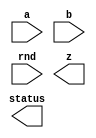



////////////////////////////////////////////////////////////////////////////////
//
//       This confidential and proprietary software may be used only
//     as authorized by a licensing agreement from Synopsys Inc.
//     In the event of publication, the following notice is applicable:
//
//                    (C) COPYRIGHT 2006 - 2023 SYNOPSYS INC.
//                           ALL RIGHTS RESERVED
//
//       The entire notice above must be reproduced on all authorized
//     copies.
//
//
// VERSION:   Verilog Simulation Model for DW_fp_mult
//
// DesignWare_version: 055b02dc
// DesignWare_release: U-2022.12-DWBB_202212.5
//
////////////////////////////////////////////////////////////////////////////////

//-----------------------------------------------------------------------------
//
// ABSTRACT: Floating-Point Multiplier
//
//              DW_fp_mult calculates the floating-point multiplication
//              while supporting six rounding modes, including four IEEE
//              standard rounding modes.
//
//              parameters      valid values (defined in the DW manual)
//              ==========      ============
//              sig_width       significand size,  2 to 253 bits
//              exp_width       exponent size,     3 to 31 bits
//              ieee_compliance support the IEEE Compliance 
//                              including NaN and denormal expressions.
//                              0 - IEEE 754 compatible without denormal support
//                                  (NaN becomes Infinity, Denormal becomes Zero)
//                              1 - IEEE 754 standard compatible
//                                  (NaN and denormal numbers are supported)
//                              2 - Reserved for future used
//                              3 - IEEE 754 standard compatible
//                                  (complying NaN and denormal numbers are supported)
//              en_ubr_flag     Enable UBR (underflow before rounding) flag
//                              mapped to status[6]
//                              0 or 1 (default 0)
//                              0 - the flag is always zero
//                              1 - the flag indicates underflow before rounding
//
//              Input ports     Size & Description
//              ===========     ==================
//              a               (sig_width + exp_width + 1)-bits
//                              Floating-point Number Input
//              b               (sig_width + exp_width + 1)-bits
//                              Floating-point Number Input
//              rnd             3 bits
//                              Rounding Mode Input
//              z               (sig_width + exp_width + 1)-bits
//                              Floating-point Number Output
//              status          8 bits
//                              Status Flags Output
//
// Modified:
//

// 3/8/2022   AFT       STAR 4175244 - - included mechanism
//                      to indicate that the internal long-precision
//                      calculation is a denormalized value
//                      Introduced a new flag: UBR - underflow before rounding
//                      which uses status[6]
// 3/15/2021  AFT       STAR 3638672 - - Tiny flag issue
//                      The underflow detection (TINY flag) had to
//                      be adjusted to take into account the unbounded
//                      exponent situation. The flag is set when:
//                      - rnd in {0,4} and |LPR| < MinNormSub1QULP
//                        LPR= long-precision result and MinNormSub1QULP is 
//                        1/4 of the ulp of the MinNorm value
//                      - rnd=1 and |LPR|<MinNorm
//                      - rnd=2 and (LPR>0 and LPR<=MinNormSub2QULP) or 
//                                  (LPR<0 and |LPR|<MinNorm)
//                      - rnd=3 and (LPR<0 and |LPR|<=MinNormSub2QULP) or 
//                                  (LPR>0 and LPR<MinNorm)
//                      - rnd=5 and |LPR|<=MaxDenorm 
// 3/22/2021  RJK       Addressed STAR 3625874 involving accepting the value
//                      on the 'rnd' input at time 0
// 5/22/2020  Tawalbeh  Fixing STAR 3246915
// 
// 9/12/2019  Dougl     Added ieee_compliance of 3 functionality along with warning
//       	        messages when "rnd" is '4' or '5'.
//   
// 10/12/2015 Kyung Han Bug fix for STAR9000983334, available from 2015.06-SP5
//   
// 11/12/2009 Kyung Han Bug fix for STAR9000352662, available from 2009.06-SP4
//  
//-----------------------------------------------------------------------------

module DW_fp_mult (a, b, rnd, z, status);

  parameter integer sig_width = 23;      // RANGE 2 TO 253
  parameter integer exp_width = 8;       // RANGE 3 TO 31
  parameter integer ieee_compliance = 0; // RANGE 0 TO 3
  parameter integer en_ubr_flag = 0;     // range 0 to 1

  input  [exp_width + sig_width:0] a;
  input  [exp_width + sig_width:0] b;
  input  [2:0] rnd;
  output [exp_width + sig_width:0] z;
  output [7:0] status;

  // synopsys translate_off


  `define Mwidth (2 * sig_width + 3)
  `define Movf   (`Mwidth - 1)
  `define L      (`Movf - 1 - sig_width)
  `define R      (`L - 1)
  `define log_awidth ((sig_width + 1>65536)?((sig_width + 1>16777216)?((sig_width + 1>268435456)?((sig_width + 1>536870912)?30:29):((sig_width + 1>67108864)?((sig_width + 1>134217728)?28:27):((sig_width + 1>33554432)?26:25))):((sig_width + 1>1048576)?((sig_width + 1>4194304)?((sig_width + 1>8388608)?24:23):((sig_width + 1>2097152)?22:21)):((sig_width + 1>262144)?((sig_width + 1>524288)?20:19):((sig_width + 1>131072)?18:17)))):((sig_width + 1>256)?((sig_width + 1>4096)?((sig_width + 1>16384)?((sig_width + 1>32768)?16:15):((sig_width + 1>8192)?14:13)):((sig_width + 1>1024)?((sig_width + 1>2048)?12:11):((sig_width + 1>512)?10:9))):((sig_width + 1>16)?((sig_width + 1>64)?((sig_width + 1>128)?8:7):((sig_width + 1>32)?6:5)):((sig_width + 1>4)?((sig_width + 1>8)?4:3):((sig_width + 1>2)?2:1)))))
  `define ez_msb ((exp_width >= `log_awidth) ? exp_width + 1 : `log_awidth + 1)
  
  //-------------------------------------------------------------------------
  // Parameter legality check
  //-------------------------------------------------------------------------
    
 
  initial begin : parameter_check
    integer param_err_flg;

    param_err_flg = 0;
    
      
    if ( (sig_width < 2) || (sig_width > 253) ) begin
      param_err_flg = 1;
      $display(
	"ERROR: %m :\n  Invalid value (%d) for parameter sig_width (legal range: 2 to 253)",
	sig_width );
    end
      
    if ( (exp_width < 3) || (exp_width > 31) ) begin
      param_err_flg = 1;
      $display(
	"ERROR: %m :\n  Invalid value (%d) for parameter exp_width (legal range: 3 to 31)",
	exp_width );
    end
      
    if ( (ieee_compliance==2) || (ieee_compliance<0) || (ieee_compliance>3) ) begin
      param_err_flg = 1;
      $display(
	"ERROR: %m : Illegal value of ieee_compliance.  ieee_compliance must be 0, 1, or 3" );
    end
      
    if ( (en_ubr_flag < 0) || (en_ubr_flag > 1) ) begin
      param_err_flg = 1;
      $display(
	"ERROR: %m :\n  Invalid value (%d) for parameter en_ubr_flag (legal range: 0 to 1)",
	en_ubr_flag );
    end
    
    if ( param_err_flg == 1) begin
      $display(
        "%m :\n  Simulation aborted due to invalid parameter value(s)");
      $finish;
    end

  end // parameter_check 

  //-------------------------------------------------------------------------


function [4-1:0] RND_eval;

  input [2:0] RND;
  input [0:0] Sign;
  input [0:0] L,R,STK;


  begin
  RND_eval[0] = 0;
  RND_eval[1] = R|STK;
  RND_eval[2] = 0;
  RND_eval[3] = 0;
  case (RND)
    3'b000:
    begin
      RND_eval[0] = R&(L|STK);
      RND_eval[2] = 1;
      RND_eval[3] = 0;
    end
    3'b001:
    begin
      RND_eval[0] = 0;
      RND_eval[2] = 0;
      RND_eval[3] = 0;
    end
    3'b010:
    begin
      RND_eval[0] = ~Sign & (R|STK);
      RND_eval[2] = ~Sign;
      RND_eval[3] = ~Sign;
    end
    3'b011:
    begin
      RND_eval[0] = Sign & (R|STK);
      RND_eval[2] = Sign;
      RND_eval[3] = Sign;
    end
    3'b100:
    begin
      RND_eval[0] = R;
      RND_eval[2] = 1;
      RND_eval[3] = 0;
    end
    3'b101:
    begin
      RND_eval[0] = R|STK;
      RND_eval[2] = 1;
      RND_eval[3] = 1;
    end
    default:
    begin
`ifndef DW_SUPPRESS_WARN
      if ($time > 0) begin
        $display ("WARNING: %m:\\n at time = %0t: Illegal rounding mode.", $time);
      end
`endif
    end
  endcase
  end

endfunction




  reg [(exp_width + sig_width):0] z_reg;
  reg [exp_width-1:0] EA;
  reg [exp_width-1:0] EB;
  reg signed [`ez_msb:0] EZ;
  reg signed [`ez_msb:0] EZ_LPR;
  reg signed [`ez_msb:0] EZMinNorm;
  reg signed [`ez_msb:0] EZ_rounded;
  reg signed [`ez_msb:0] Range_Check;
  reg signed [`ez_msb:0] SH_Shift;
  reg signed [`ez_msb:0] EZ_Shift;
  reg [sig_width:0] MA;
  reg [sig_width:0] MB;
  reg [sig_width:0] TMP_MA;
  reg [sig_width:0] TMP_MB;
  reg [`Mwidth-1:0] MZ;
  reg [`Mwidth-1:0] MZ_LPR;
  reg [`Mwidth-1:0] MZ_rounded;
  reg [`Mwidth-1:0] MZMinNormSub1QULP;
  reg [`Mwidth-1:0] MZMinNormSub2QULP;
  reg [`Mwidth-1:0] MZMaxDenorm;
  reg STK;
  reg SIGN;
  reg [4-1:0] RND_val;
  reg [8    -1:0] status_reg;
  reg MaxEXP_A;
  reg MaxEXP_B;
  reg InfSIG_A;
  reg InfSIG_B;
  reg Zero_A;
  reg Zero_B;
  reg Denorm_A;
  reg Denorm_B;
  reg [9:0] LZ_INA;
  reg [9:0] LZ_INB;
  reg [9:0] LZ_IN;
  reg [sig_width - 1:0] SIGA;
  reg [sig_width - 1:0] SIGB;
  reg [(exp_width + sig_width):0] NaN_Reg;
  reg [(exp_width + sig_width):0] Inf_Reg;
  reg MZ_Movf1;
  reg EZ_Zero;
  reg STK_PRE;
  reg [sig_width:0] STK_EXT;
  reg [sig_width - 1:0] NaN_Sig;
  reg [sig_width - 1:0] Inf_Sig;
  reg STK_CHECK;
  reg minnorm_case;

  integer i;
  
  always @(a or b or rnd) begin : a1000_PROC
    SIGN = a[(exp_width + sig_width)] ^ b[(exp_width + sig_width)];
    EA = a[((exp_width + sig_width) - 1):sig_width];
    EB = b[((exp_width + sig_width) - 1):sig_width];
    SIGA = a[(sig_width - 1):0];
    SIGB = b[(sig_width - 1):0];
    status_reg = 0;
    LZ_INA = 0;
    LZ_INB = 0;
    LZ_IN = 0;
    STK_EXT = 0;

    EZ_LPR = 0;
    EZMinNorm = ((1 << (exp_width-1)) - 1);
    EZ_rounded = 0;
    MZ_LPR = 0;
    MZMinNormSub1QULP = ({{`Mwidth-1{1'b0}},1'b1}<<`Movf)-({{`Mwidth-1{1'b0}},1'b1}<<`R);
    MZMinNormSub2QULP = ({{`Mwidth-1{1'b0}},1'b1}<<`Movf)-({{`Mwidth-1{1'b0}},1'b1}<<(`L));
    MZMaxDenorm = ({{`Mwidth-1{1'b0}},1'b1}<<`Movf)-({{`Mwidth-1{1'b0}},1'b1}<<(`L+1));

    MaxEXP_A = (EA == ((((1 << (exp_width-1)) - 1) * 2) + 1));
    MaxEXP_B = (EB == ((((1 << (exp_width-1)) - 1) * 2) + 1));
    InfSIG_A = (SIGA == 0);
    InfSIG_B = (SIGB == 0);

    if ((ieee_compliance == 1) || (ieee_compliance == 3)) begin
      Zero_A = (EA == 0 ) & (SIGA == 0);
      Zero_B = (EB == 0 ) & (SIGB == 0);
      Denorm_A = (EA == 0 ) & (SIGA != 0);
      Denorm_B = (EB == 0 ) & (SIGB != 0);
      if (ieee_compliance == 3) begin
        NaN_Sig = {1'b1, {(sig_width-1){1'b0}}};
      end else begin
        NaN_Sig = 1;
      end
      Inf_Sig = 0;
      NaN_Reg = {1'b0, {(exp_width){1'b1}}, NaN_Sig};
      Inf_Reg = {SIGN, {(exp_width){1'b1}}, Inf_Sig};

      if (Denorm_A) begin
        MA = {1'b0, a[(sig_width - 1):0]};
      end
      else begin
        MA = {1'b1, a[(sig_width - 1):0]};
      end

      if (Denorm_B) begin
        MB = {1'b0, b[(sig_width - 1):0]};
      end
      else begin
        MB = {1'b1, b[(sig_width - 1):0]};
      end

    end
    else begin
      Zero_A = (EA == 0 );
      Zero_B = (EB == 0 );
      Denorm_A = 0;
      Denorm_B = 0;
      MA = {1'b1,a[(sig_width - 1):0]};
      MB = {1'b1,b[(sig_width - 1):0]};
      NaN_Sig = 0;
      Inf_Sig = 0;
      NaN_Reg = {1'b0, {(exp_width){1'b1}}, NaN_Sig};
      Inf_Reg = {SIGN, {(exp_width){1'b1}}, Inf_Sig};
    end
  
    if (((ieee_compliance == 1) || (ieee_compliance == 3)) && ((MaxEXP_A && ~InfSIG_A) || (MaxEXP_B && ~InfSIG_B))) begin
      status_reg[2] = 1;
      z_reg = NaN_Reg;
    end
    else if ( (MaxEXP_A) || (MaxEXP_B) )	begin

      if (ieee_compliance == 0) begin
        status_reg[1] = 1'b0 ^ status_reg[2] ;
      end

      if ( Zero_A || Zero_B ) begin
        status_reg[2] = 1;
        z_reg = NaN_Reg;
      end
      else begin
        status_reg[1] = 1;
        z_reg = Inf_Reg;
      end

    end
    else if (Zero_A || Zero_B) begin
      status_reg[0] = 1;
      z_reg = 0;
      z_reg[(exp_width + sig_width)] = SIGN;
    end
    else begin

      TMP_MA = MA;
      if (Denorm_A) 
      begin
        while(TMP_MA[sig_width] != 1)
        begin
          TMP_MA = TMP_MA << 1;
          LZ_INA = LZ_INA + 1;
        end
      end

      TMP_MB = MB;
      if (Denorm_B) 
      begin
        while(TMP_MB[sig_width] != 1)
        begin
          TMP_MB = TMP_MB << 1;
          LZ_INB = LZ_INB + 1;
        end
      end

      LZ_IN = LZ_INA + LZ_INB;

      EZ = EA + EB - LZ_IN + Denorm_A + Denorm_B;
      MZ = MA * MB;

      if ((ieee_compliance == 1) || (ieee_compliance == 3)) begin
        MZ = MZ << LZ_IN;
      end

      MZ_Movf1 = MZ[`Movf-1];

      if (MZ[`Movf-1] === 1) begin
        EZ = EZ + 1;
        minnorm_case = 0;
      end
      else begin
        MZ = MZ << 1;
        minnorm_case = (EZ - ((1 << (exp_width-1)) - 1) == 0) ? 1 : 0;
      end
      MZ_LPR = MZ;
      EZ_LPR = EZ;

      if ((EZ_LPR < (((1 << (exp_width-1)) - 1) + 1)) && (en_ubr_flag == 1) && (ieee_compliance > 0)) begin
        status_reg[6] = 1'b1;
      end 
      else begin
        status_reg[6] = 1'b0;
      end 

      if ((ieee_compliance == 1) || (ieee_compliance == 3)) begin
        Range_Check = EA + EB + Denorm_A + Denorm_B + MZ_Movf1 - ((1 << (exp_width-1)) - 1) - LZ_IN - 1;
        EZ_Shift = -Range_Check;  
        if (EZ_Shift >= 0) begin
          for (i = 0; i < EZ_Shift; i = i + 1) begin
            {MZ, STK_CHECK} = {MZ, 1'b0} >> 1;
            STK_EXT = STK_EXT | STK_CHECK;
          end
        end
      end

      if (minnorm_case & (ieee_compliance == 0)) begin
        if ({MZ[`R:0], STK_EXT} === 0) STK = 0;
        else STK = 1;
        RND_val = RND_eval(rnd, SIGN, MZ[`L+1], MZ[`R+1], STK);
      end
      else begin
        if ({MZ[`R-1:0], STK_EXT} === 0) STK = 0;
        else STK = 1;
        if (ieee_compliance == 3) begin
          RND_val = RND_eval({1'b0, rnd[1:0]}, SIGN, MZ[`L], MZ[`R], STK);
        end else begin
          RND_val = RND_eval(rnd, SIGN, MZ[`L], MZ[`R], STK);
        end
      end
  
      if (RND_val[0] === 1) MZ_rounded = MZ + (1<<`L);
      else MZ_rounded = MZ;

      EZ_rounded = EZ;
      if ( (MZ_rounded[`Movf] === 1) ) begin
        EZ_rounded = EZ + 1;
        MZ_rounded = MZ_rounded >> 1;
      end

      if (((ieee_compliance == 1) || (ieee_compliance == 3)) & (EZ_rounded <= ((1 << (exp_width-1)) - 1)) & MZ_rounded[`Movf - 1])
        EZ_rounded = EZ_rounded + 1;

      EZ_Zero = (EZ_rounded == ((1 << (exp_width-1)) - 1));
  
      if((EZ_rounded[`ez_msb] == 0) & (EZ_rounded >= ((1 << (exp_width-1)) - 1)))
        EZ_rounded = EZ_rounded - ((1 << (exp_width-1)) - 1);
      else 
        EZ_rounded = 0;

      if (EZ_rounded >= ((((1 << (exp_width-1)) - 1) * 2) + 1)) begin
        status_reg[4] = 1;
        status_reg[5] = 1;

        if(RND_val[2] === 1) begin
          MZ_rounded[`Movf-2:`L] = Inf_Sig;
          EZ_rounded = ((((1 << (exp_width-1)) - 1) * 2) + 1);
          status_reg[1] = 1;
        end
        else begin
          EZ_rounded = ((((1 << (exp_width-1)) - 1) * 2) + 1) - 1;
          MZ_rounded[`Movf-2:`L] = -1;
        end
      end
      else if (EZ_rounded == 0 ) begin
        status_reg[3] = 1;
         
        if (ieee_compliance == 0) begin
          status_reg[5] = 1;

          if(RND_val[3] === 1) begin
            MZ_rounded[`Movf-2:`L] = 0;
            EZ_rounded = 0  + 1;
          end
          else begin
            // 0
            MZ_rounded[`Movf-2:`L] = 0;
            EZ_rounded = 0 ;
            status_reg[0] = 1;
          end
        end

        if ((MZ_rounded[`Movf-2:`L] == 0) & (EZ_rounded[exp_width - 1:0] == 0)) begin
          status_reg[0] = 1;
        end

      end

      if ((ieee_compliance > 0) &&
          (((rnd==0 || rnd==4) && EZ_LPR==EZMinNorm && MZ_LPR<MZMinNormSub1QULP)||
           (rnd==2 && SIGN==1'b0 && EZ_LPR==EZMinNorm && MZ_LPR<=MZMinNormSub2QULP) ||
           (rnd==3 && SIGN==1'b1 && EZ_LPR==EZMinNorm && MZ_LPR<=MZMinNormSub2QULP) 

))
        status_reg[3] = 1;

      status_reg[5] = status_reg[5] | RND_val[1] | (~(Zero_A | Zero_B) & (EZ_rounded[exp_width - 1:0] == 0) & (MZ_rounded[`Movf - 2:`L] == 0));
  
      z_reg = {SIGN,EZ_rounded[exp_width-1:0],MZ_rounded[`Movf-2:`L]};
    end
  end
  
  assign status = ((^(a ^ a) !== 1'b0) || (^(b ^ b) !== 1'b0) || (^(rnd ^ rnd) !== 1'b0)) ? {8'bX} : status_reg;
  assign z = ((^(a ^ a) !== 1'b0) || (^(b ^ b) !== 1'b0) || (^(rnd ^ rnd) !== 1'b0)) ? {sig_width+exp_width+1{1'bX}} : z_reg;


reg msg_rnd4_emitted_once;
reg msg_rnd5_emitted_once;
initial begin
  msg_rnd4_emitted_once = 1'b0;
  msg_rnd5_emitted_once = 1'b0;
end

generate
  if (ieee_compliance == 3) begin : GEN_IC_EQ_3
    always @ (rnd) begin : warning_alert_PROC
      if ((rnd == 3'b100) && (msg_rnd4_emitted_once !== 1'b1)) begin
        $display("############################################################");
        $display("############################################################");
        $display("##");
        $display("## At time: %d", $stime);
        $display("## Warning! : from %m");
        $display("##");
        $display("##      The rnd input was set to a value of 4 and with");
        $display("##      ieee_compliance set to 3 internal rounding will");
        $display("##      follow the same behavior as if rnd input is being");
        $display("##      set to 0.  That is, the IEEE standard rounding mode");
        $display("##      of 'round to nearest even' is used when rnd input");
        $display("##      is set to a value of 4.");
        $display("##");
        $display("############################################################");
        $display("############################################################");
        $display(" ");
        msg_rnd4_emitted_once = 1'b1;
      end

      if ((rnd == 3'b101) && (msg_rnd5_emitted_once !== 1'b1)) begin
        $display("############################################################");
        $display("############################################################");
        $display("##");
        $display("## At time: %d", $stime);
        $display("## Warning! : from %m");
        $display("##");
        $display("##      The rnd input was set to a value of 5 and with");
        $display("##      ieee_compliance set to 3 internal rounding will");
        $display("##      follow the same behavior as if rnd input is being");
        $display("##      set to 1.  That is, the IEEE standard rounding mode");
        $display("##      of 'round to zero' is used when rnd input is set");
        $display("##      to a value of 5.");
        $display("##");
        $display("############################################################");
        $display("############################################################");
        $display(" ");
        msg_rnd5_emitted_once = 1'b1;
      end
    end
  end  // GEN_IC_EQ_3
endgenerate
  
  `undef Mwidth
  `undef Movf
  `undef L
  `undef R
  `undef log_awidth
  `undef ez_msb

  // synopsys translate_on
  
endmodule